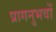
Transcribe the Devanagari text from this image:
प्रागनुभवों